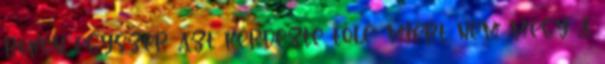
rokon egyszer azt kérdezte tőle: miért nem megy a